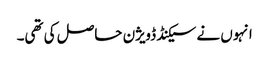
انہوں نے سیکنڈ ڈویژن حاصل کی تھی۔